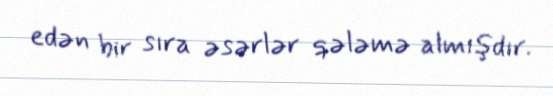
edən bir sıra əsərlər qələmə almışdır.